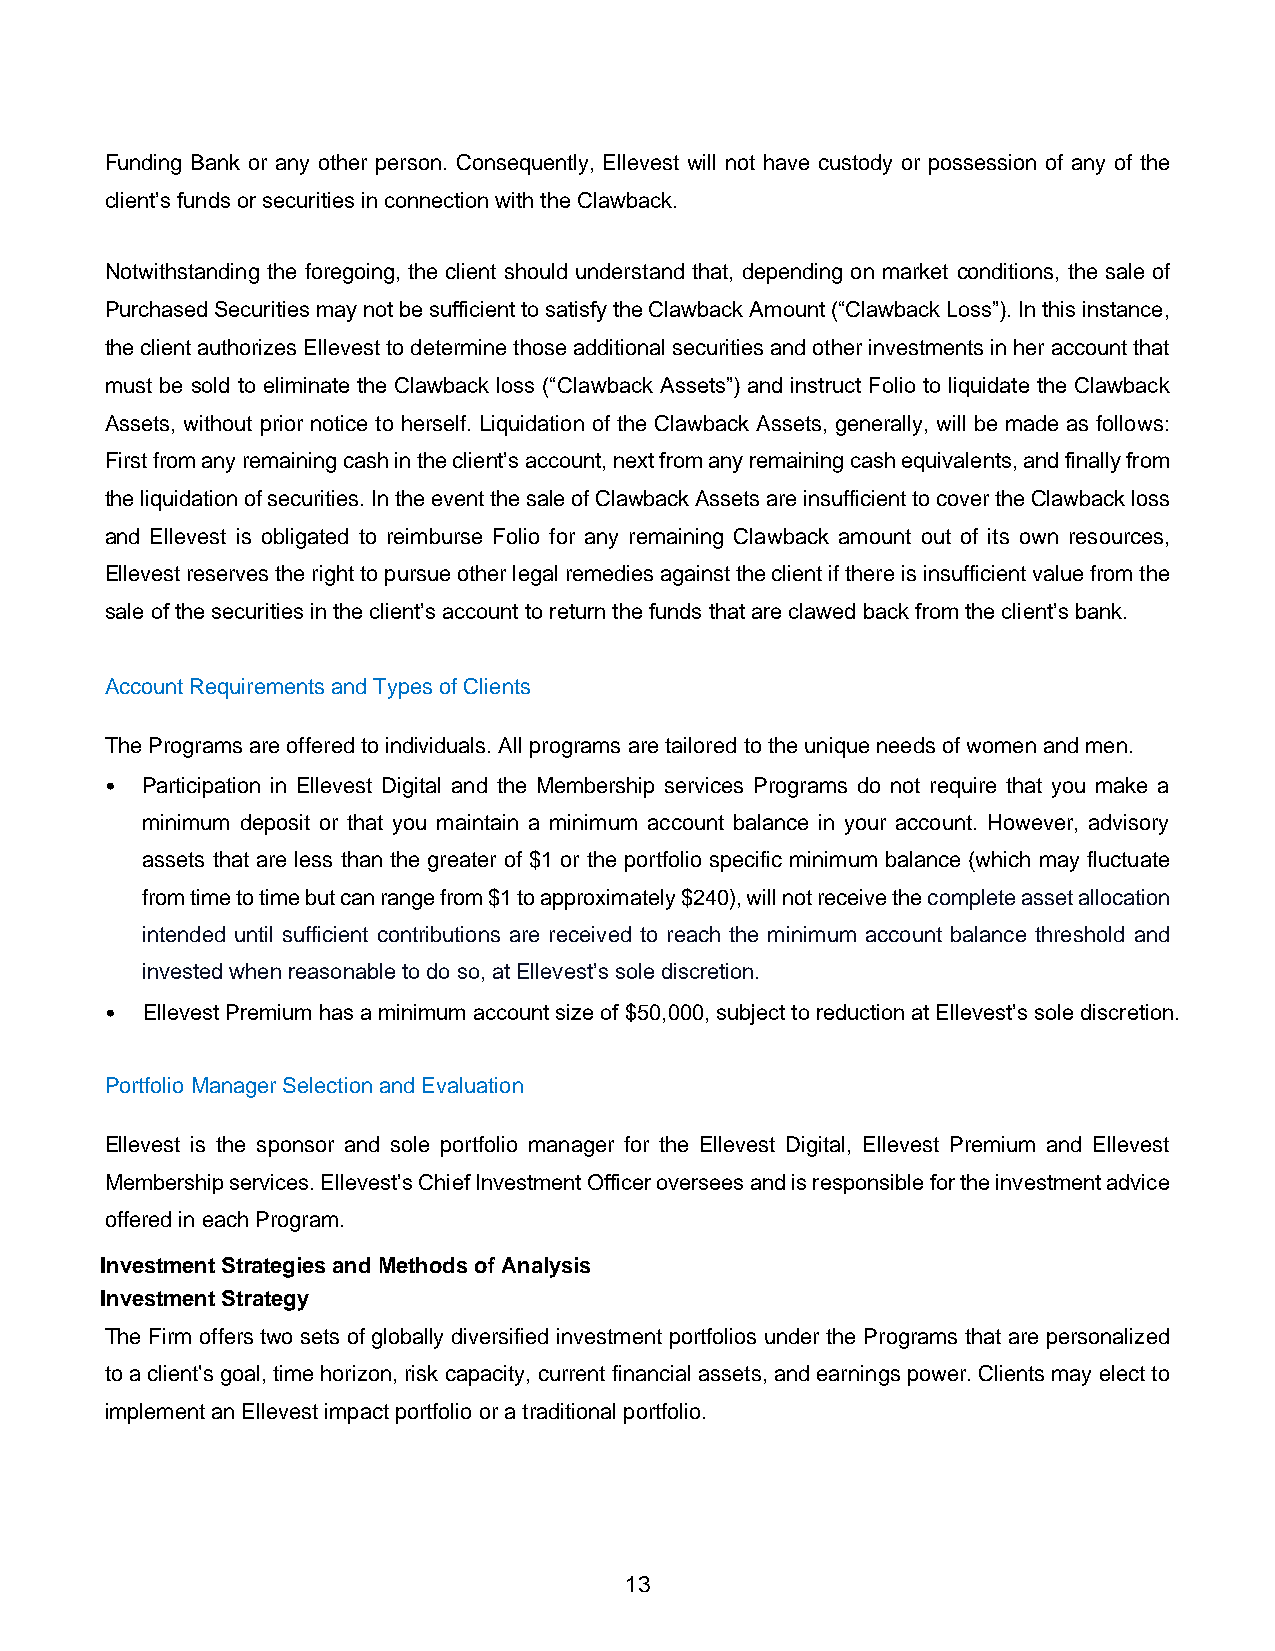
Funding Bank or any other person. Consequently, Ellevest will not have custody or possession of any of the
 client’s funds or securities in connection with the Clawback.
 Notwithstanding the foregoing, the client should understand that, depending on market conditions, the sale of
 Purchased Securities may not be sufficient to satisfy the Clawback Amount (“Clawback Loss”). In this instance,
 the client authorizes Ellevest to determine those additional securities and other investments in her account that
 must be sold to eliminate the Clawback loss (“Clawback Assets”) and instruct Folio to liquidate the Clawback
 Assets, without prior notice to herself. Liquidation of the Clawback Assets, generally, will be made as follows:
 First from any remaining cash in the client’s account, next from any remaining cash equivalents, and finally from
 the liquidation of securities. In the event the sale of Clawback Assets are insufficient to cover the Clawback loss
 and Ellevest is obligated to reimburse Folio for any remaining Clawback amount out of its own resources,
 Ellevest reserves the right to pursue other legal remedies against the client if there is insufficient value from the
 sale of the securities in the client’s account to return the funds that are clawed back from the client’s bank.
 Account Requirements and Types of Clients
 The Programs are offered to individuals. All programs are tailored to the unique needs of women and men.
 • Participation in Ellevest Digital and the Membership services Programs do not require that you make a
 minimum deposit or that you maintain a minimum account balance in your account. However, advisory
 assets that are less than the greater of $1 or the portfolio specific minimum balance (which may fluctuate
 from time to time but can range from $1 to approximately $240), will not receive the complete asset allocation
 intended until sufficient contributions are received to reach the minimum account balance threshold and
 invested when reasonable to do so, at Ellevest’s sole discretion.
 • Ellevest Premium has a minimum account size of $50,000, subject to reduction at Ellevest’s sole discretion.
 Portfolio Manager Selection and Evaluation
 Ellevest is the sponsor and sole portfolio manager for the Ellevest Digital, Ellevest Premium and Ellevest
 Membership services. Ellevest’s Chief Investment Officer oversees and is responsible for the investment advice
 offered in each Program.
 Investment Strategies and Methods of Analysis
 Investment Strategy
 The Firm offers two sets of globally diversified investment portfolios under the Programs that are personalized
 to a client's goal, time horizon, risk capacity, current financial assets, and earnings power. Clients may elect to
 implement an Ellevest impact portfolio or a traditional portfolio.
 13